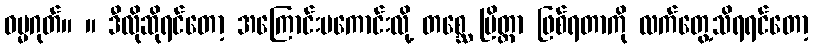
ဓမ္မဂုတ်။ ။ ဒီလိုဆိုရင်တော့ အကြောင်းမကောင်းလို့ တစ္ဆေ ပြိတ္တာ ဖြစ်ရတာကို လက်တွေ့သိရရင်တော့